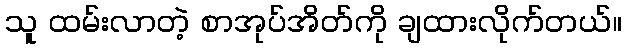
သူ ထမ်းလာတဲ့ စာအုပ်အိတ်ကို ချထားလိုက်တယ်။